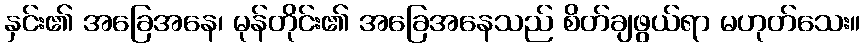
နှင်း၏ အခြေအနေ၊ မုန်တိုင်း၏ အခြေအနေသည် စိတ်ချဖွယ်ရာ မဟုတ်သေး။